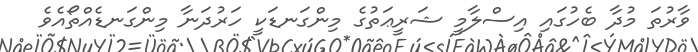
ވާރުތަ މުދާ ބެހުގައި އިސްލާމީ ޝަރީޢަތުގެ މިންގަނޑަކީ ހަރުދަނާ މިންގަނޑެއްތޯއެވެ